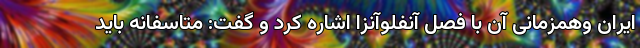
ایران وهمزمانی آن با فصل آنفلوآنزا اشاره کرد و گفت: متاسفانه باید